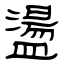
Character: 盪